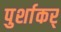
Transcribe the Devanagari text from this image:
पुर्शाकर्